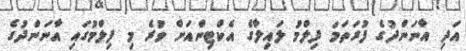
އަދި އާނަންދުގެ ފުރަތަމަ ފިލްމު ލައިލާގެ އެކްޓިންއަށް ވުރެ މި ފިލްމުގައި އާނަންދުގެ